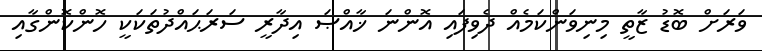
ވަރަށް ބޮޑު ޒާތީ މިނިވަންކަމެއް ދެވިފައި އޮންނަ ޚާއްޞަ އިދާރީ ސަރަޙައްދުތަކަކީ ހޮންކޮންގާއި